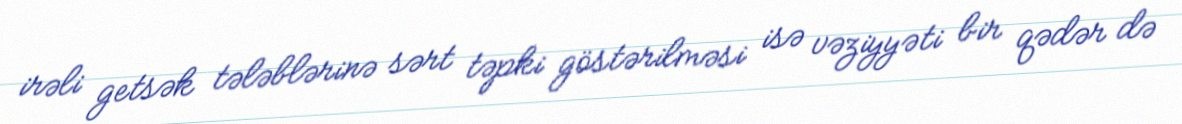
irəli getsək tələblərinə sərt təpki göstərilməsi isə vəziyyəti bir qədər də